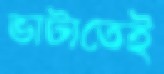
ভাটাতেই